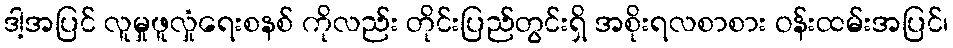
ဒါ့အပြင် လူမှုဖူလှုံရေးစနစ် ကိုလည်း တိုင်းပြည်တွင်းရှိ အစိုးရလစာစား ဝန်းထမ်းအပြင်၊